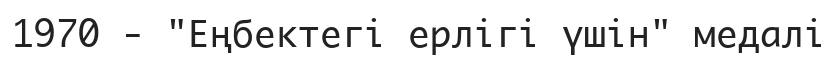
1970 - "Еңбектегі ерлігі үшін" медалі